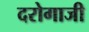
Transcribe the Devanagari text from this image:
दरोगाजी